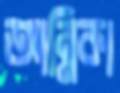
আন্নিকা